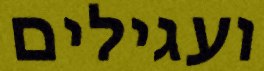
ועגילים